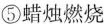
⑤蜡烛燃烧⑥铁在潮湿的空气中会生锈